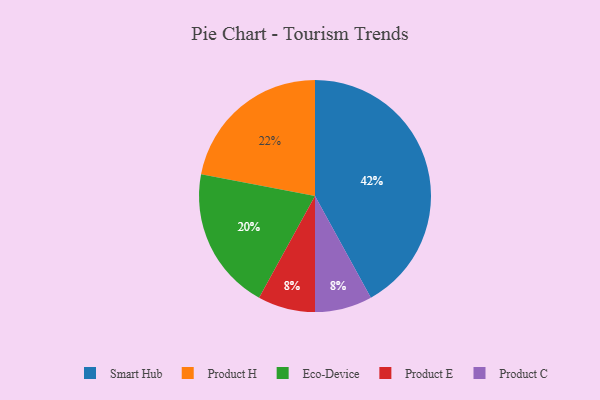
{"axis": {"x": "Category", "y": "Percentage"}, "legend": ["Eco-Device", "Product C", "Product E", "Product H", "Smart Hub"], "data": [{"x": "Product H", "y": 22, "type": "Product H"}, {"x": "Product E", "y": 8, "type": "Product E"}, {"x": "Eco-Device", "y": 20, "type": "Eco-Device"}, {"x": "Smart Hub", "y": 42, "type": "Smart Hub"}, {"x": "Product C", "y": 8, "type": "Product C"}]}